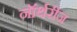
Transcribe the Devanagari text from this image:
नॉर्थरीज